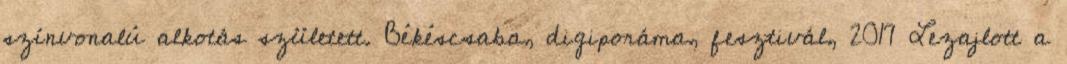
színvonalú alkotás született. Békéscsaba, digiporáma, fesztivál, 2017 Lezajlott a